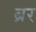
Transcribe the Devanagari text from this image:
ब्रर